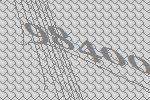
98400